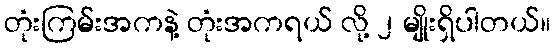
တုံးကြမ်းအကနဲ့ တုံးအကရယ် လို့ ၂ မျိုးရှိပါတယ်။